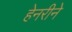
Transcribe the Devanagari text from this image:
हेनरीने